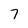
Character: 7